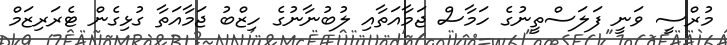
މުރްސީ ވަނީ ފަލަސްތީނުގެ ހަމާސް ޖަމާއަތާއި ލުބުނާނުގެ ހިޒްބު ޖަމާއަތާ ގުޅިގެން ޓެރަރިޒަމް